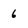
Character: 6